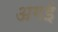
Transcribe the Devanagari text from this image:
अगई